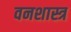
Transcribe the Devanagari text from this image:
वनशास्त्र